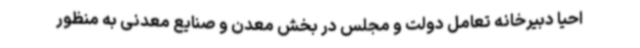
احیا دبیرخانه تعامل دولت و مجلس در بخش معدن و صنایع معدنی به منظور